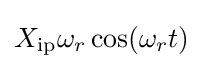
X_{\text{ip}}\omega _{r}\cos(\omega _{r}t)